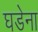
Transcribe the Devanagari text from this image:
घडेना